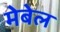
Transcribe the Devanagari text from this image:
मेबेल